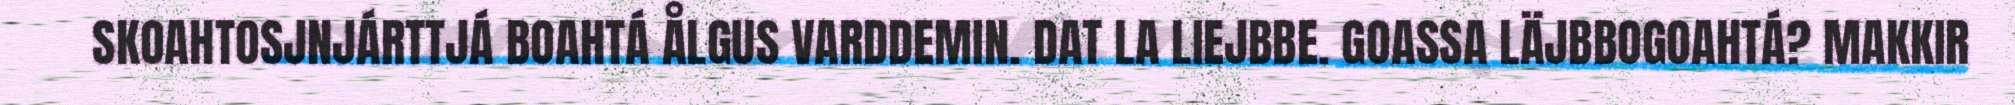
SKOAHTOSJNJÁRTTJÁ BOAHTÁ ÅLGUS VARDDEMIN. DAT LA LIEJBBE. GOASSA LÄJBBOGOAHTÁ? MAKKIR